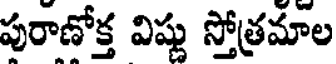
పురాణోక్త విష్ణు స్తోత్రమాల